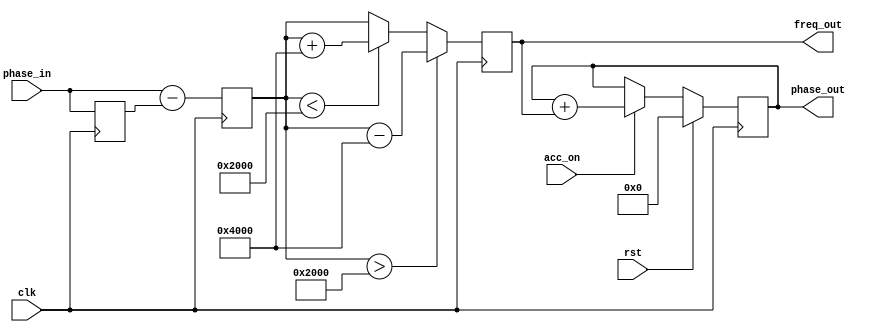
module phase_unwrapper #
(
  parameter integer DIN_WIDTH = 16,
  parameter integer DOUT_WIDTH = 32
)
(
  input  wire clk,
  input  wire acc_on,
  input  wire rst,
  input  wire signed [DIN_WIDTH-1:0] phase_in,
  output wire signed [DIN_WIDTH+1-1:0] freq_out,
  output reg signed [DOUT_WIDTH-1:0] phase_out
);

  // Value of Pi in scaled radians representation
  localparam PI = 2**(DIN_WIDTH-3);
  localparam TWOPI = 2**(DIN_WIDTH-2);

  initial phase_out = 0;
  initial unwrapped_diff = 0;
  initial phase_in0 = 0;
  initial diff = 0;

  reg signed [DIN_WIDTH-1:0] phase_in0;
  reg signed [DIN_WIDTH+1-1:0] diff;
  reg signed [DIN_WIDTH+1-1:0] unwrapped_diff;

  // Compute phase difference
  always @(posedge clk) begin
    phase_in0 <= phase_in;
    diff <= phase_in - phase_in0;
  end

  // Unwrap phase difference
  always @(posedge clk) begin
    if (diff > PI) begin
      unwrapped_diff <= diff - TWOPI;
    end else if (diff < -PI) begin
      unwrapped_diff <= diff + TWOPI;
    end else begin
      unwrapped_diff <= diff;
    end
  end

  // Accumulate phase
  always @(posedge clk) begin
    if (rst) begin
      phase_out <= 0;
    end else begin
      if (acc_on) begin
        phase_out <= phase_out + unwrapped_diff;
      end else begin
        phase_out <= phase_out;
      end
    end
  end

  assign freq_out = unwrapped_diff;

endmodule